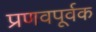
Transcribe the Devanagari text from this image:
प्रणवपूर्वक